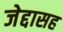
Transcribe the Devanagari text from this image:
जेद्दासह